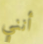
أنني